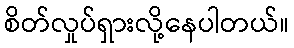
စိတ်လှုပ်ရှားလို့နေပါတယ်။